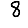
Digit: 8